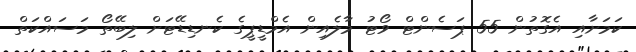
ކަމަށާއި އެގޮތުން 55 ޕަސެންޓް ވޯޓު މާލެއިން އެމްޑީޕީގެ ކެނޑިޑޭޓަށް ލިބޭތޯ މަސައްކަތް